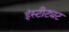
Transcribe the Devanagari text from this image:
इंस्टीट्यट